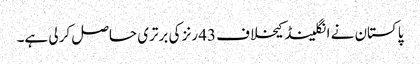
پاکستان نے انگلینڈ کیخلاف 43 رنز کی برتری حاصل کر لی ہے۔